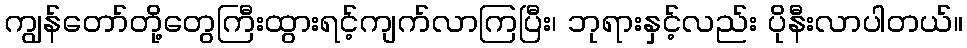
ကျွန်တော်တို့တွေကြီးထွားရင့်ကျက်လာကြပြီး၊ ဘုရားနှင့်လည်း ပိုနီးလာပါတယ်။